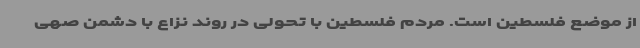
از موضع فلسطین است. مردم فلسطین با تحولی در روند نزاع با دشمن صهی